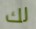
لك